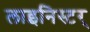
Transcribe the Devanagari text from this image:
लाइनिस्टर्